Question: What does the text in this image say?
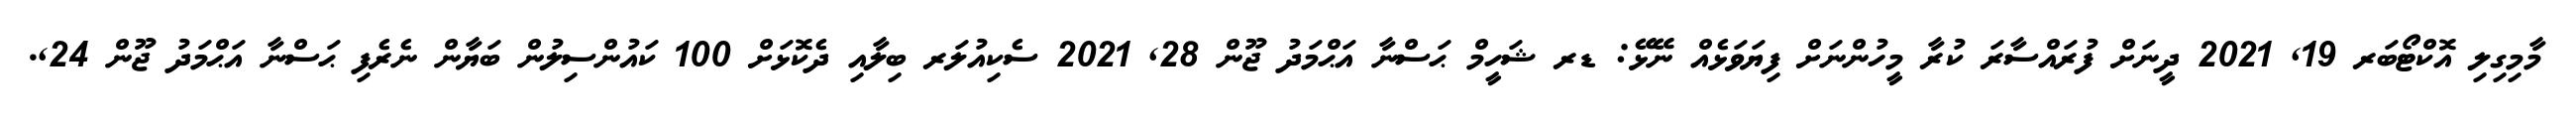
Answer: މާމިގިލި އޮކްޓޯބަރ 19, 2021 ދީނަށް ފުރައްސާރަ ކުރާ މީހުންނަށް ފިޔަވަޅެއް ނޭޅޭ: ޑރ ޝަހީމް ޙަސްނާ އަޙްމަދު ޖޫން 28, 2021 ސެކިއުލަރ ބިލާއި ދެކޮޅަށް 100 ކައުންސިލުން ބަޔާން ނެރެފި ޙަސްނާ އަޙްމަދު ޖޫން 24,.